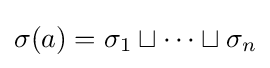
\sigma (a)=\sigma _{1}\sqcup \cdots \sqcup \sigma _{n}